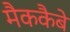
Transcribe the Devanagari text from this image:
मैककैबे